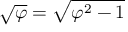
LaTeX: { \sqrt { \varphi } } = { \sqrt { \varphi ^ { 2 } - 1 } }